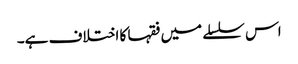
اس سلسلے میں فقہا کا اختلاف ہے۔